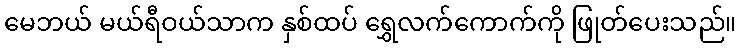
မေဘယ် မယ်ရီဝယ်သာက နှစ်ထပ် ရွှေလက်ကောက်ကို ဖြုတ်ပေးသည်။